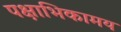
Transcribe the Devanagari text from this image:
पक्षाभिकामय